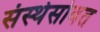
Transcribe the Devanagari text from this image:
संस्थेसोबत